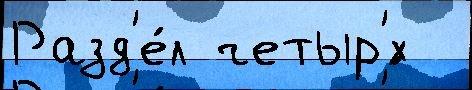
Разд'е́л четыр'́х